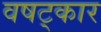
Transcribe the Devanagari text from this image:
वषट्कार